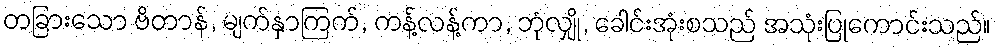
တခြားသော ဗိတာန်, မျက်နှာကြက်, ကန့်လန့်ကာ, ဘုံလျှို, ခေါင်းအုံးစသည် အသုံးပြုကောင်းသည်။